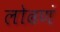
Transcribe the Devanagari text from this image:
लोढणं